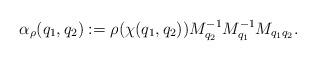
LaTeX: \begin{align*}\alpha_\rho(q_1,q_2):=\rho(\chi(q_1,q_2))M_{q_2}^{-1}M_{q_1}^{-1}M_{q_1q_2}.\end{align*}